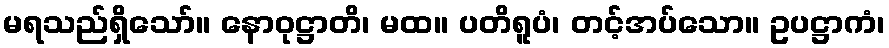
မရသည်ရှိသော်။ နောဝုဋ္ဌာတိ၊ မထ။ ပတိရူပံ၊ တင့်အပ်သော။ ဥပဋ္ဌာကံ၊